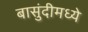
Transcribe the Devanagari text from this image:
बासुंदीमध्ये